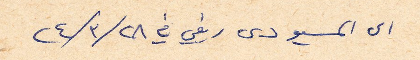
الى المسيو دى ريفي في ٢٨/ ٣/ ٢٤